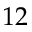
1 2